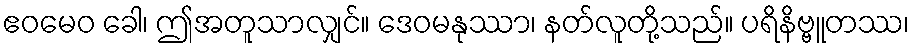
ဧဝမေဝ ခေါ၊ ဤအတူသာလျှင်။ ဒေဝမနုဿာ၊ နတ်လူတို့သည်။ ပရိနိဗ္ဗူတဿ၊